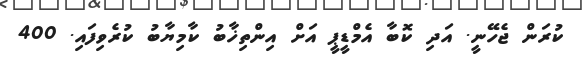
ކުރަން ޖެހޭނީ. އަދި ކޮބާ އެމްޑީޕީ އަށް އިންތިޚާބު ކާމިޔާބު ކުރެވިފައި. 400